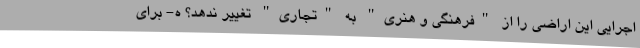
اجرایی این اراضی را از "فرهنگی و هنری" به "تجاری" تغییر ندهد؟ ه- برای